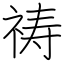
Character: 祷